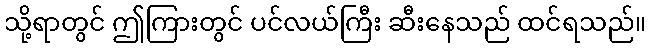
သို့ရာတွင် ဤကြားတွင် ပင်လယ်ကြီး ဆီးနေသည် ထင်ရသည်။